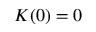
K ( 0 ) = 0